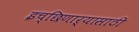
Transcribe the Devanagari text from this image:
इच्छिणाऱ्यासाठी